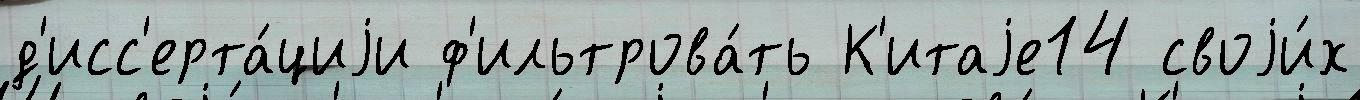
д'исс'ерта́циjи ф'ильтрова́ть К'итаjе14 своjи́х